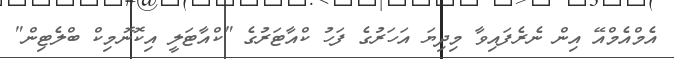
އެމްއެމްއޭ އިން ނެރެފައިވާ މިދިޔަ އަހަރުގެ ފަހު ކްއާޓަރުގެ "ކްއާޓަލީ އިކޮނޮމިކް ބްލެޓިން"